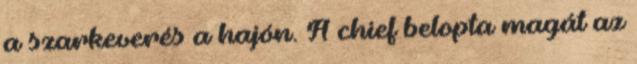
a szarkeverés a hajón. A chief belopta magát az